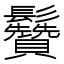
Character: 䰖